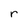
Character: r